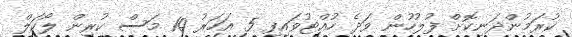
ކުރަމުންދަނިކޮށް ފުލުހުން ވަދެ ހުއްޓުވައިފި 5 އަހަރު 10 މަސް ކުރިން ލޯކަލް